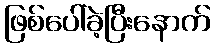
ဖြစ်ပေါ်ခဲ့ပြီးနောက်